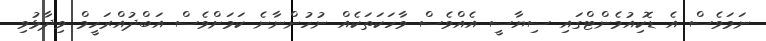
ނަމަވެސް އެ ޑޮކިއުމެންޓްގައި ސިޔާސީ އެއްވެސް ވާހަކަތަކެއް ނުހުންނާނެ ކަމަށްވެސް އަބްދުއްރަހީމް ވިދާޅުވި